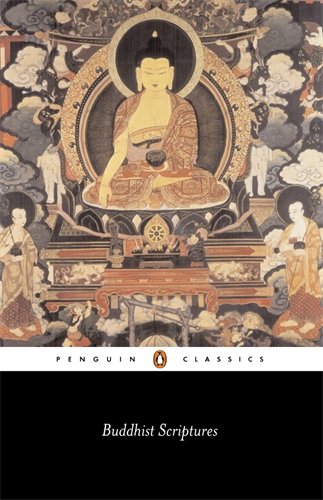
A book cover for Buddhist Scriptures (Penguin Classics); Religion & Spirituality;